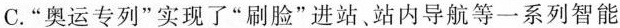
C.“奥运专列”实现了“刷脸”进站、站内导航等一系列智能